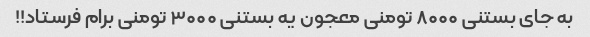
به جای بستنی ۸۰۰۰ تومنی معجون یه بستنی ۳۰۰۰ تومنی برام فرستاد!!